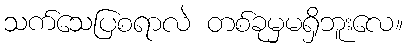
သက်သေပြစရာလဲ တစ်ခုမှမရှိဘူးလေ။